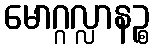
မောဂ္ဂလ္လာနဉ္စ